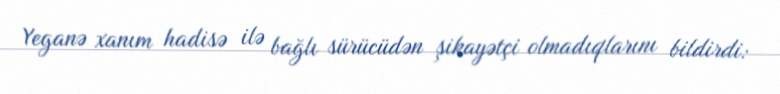
Yeganə xanım hadisə ilə bağlı sürücüdən şikayətçi olmadıqlarını bildirdi: